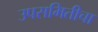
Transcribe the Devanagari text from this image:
उपसमितीचा